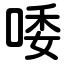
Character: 唩